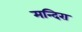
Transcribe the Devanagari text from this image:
मन्दिरा